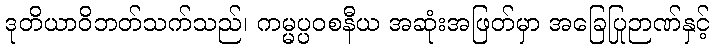
ဒုတိယာဝိဘတ်သက်သည်၊ ကမ္မပ္ပဝစနီယ အဆုံးအဖြတ်မှာ အခြေပြုဉာဏ်နှင့်